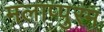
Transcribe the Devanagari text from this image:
मलाप्पुरम